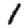
Digit: 1